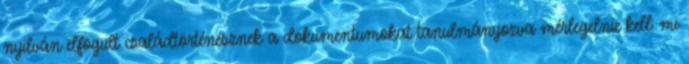
nyilván elfogult családtörténésznek a dokumentumokat tanulmányozva mérlegelnie kell: mi